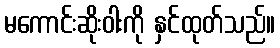
မကောင်းဆိုးဝါးကို နှင်ထုတ်သည်။